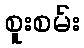
စူးစမ်း